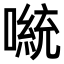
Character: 𫫴